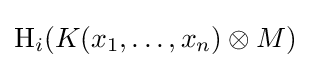
\operatorname {H} _{i}(K(x_{1},\dots ,x_{n})\otimes M)